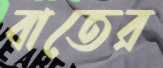
বাতের